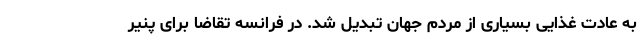
به عادت غذایی بسیاری از مردم جهان تبدیل شد. در فرانسه تقاضا برای پنیر